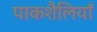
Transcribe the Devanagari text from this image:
पाकशैलियाँ